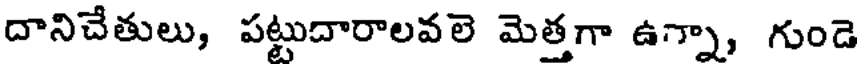
దానిచేతులు, పట్టుదారాలవలె మెత్తగా ఉ్నా, గుండె